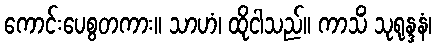
ကောင်းပေစွတကား။ သာဟံ၊ ထိုငါသည်။ ကာသိံ သုရုန္ဒနံ၊